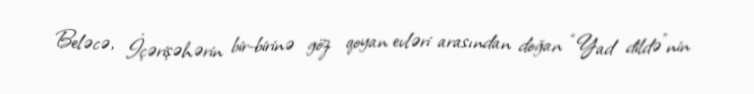
Beləcə, İçərişəhərin bir-birinə göz qoyan evləri arasından doğan “Yad dildə”nin